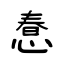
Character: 惷